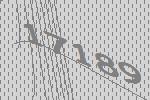
17189